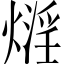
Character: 𤎛